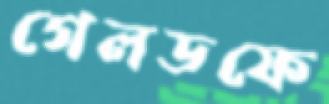
গেলডফে